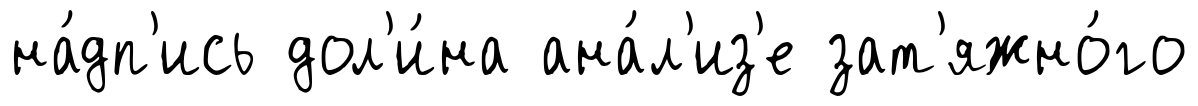
на́дп'ись дол'и́на ана́л'из'е зат'яжно́го